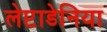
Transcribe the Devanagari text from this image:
लेप्टाडेनिया